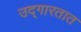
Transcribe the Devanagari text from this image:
उद्‌गारतात